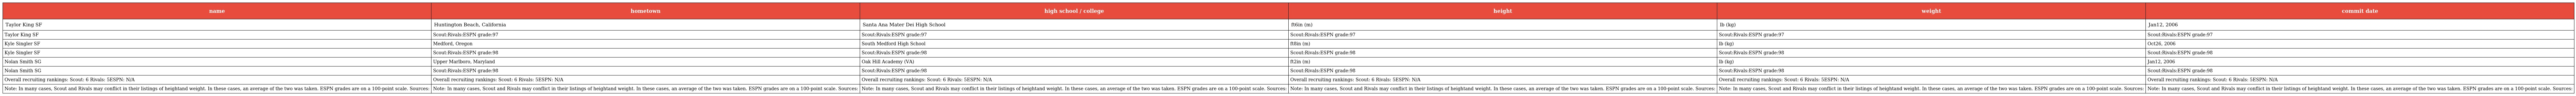
| name | hometown | high school / college | height | weight | commit date |
 | --- | --- | --- | --- | --- | --- |
 | Taylor King SF | Huntington Beach, California | Santa Ana Mater Dei High School | ft6in (m) | lb (kg) | Jan12, 2006 |
 | Taylor King SF | Scout:Rivals:ESPN grade:97 | Scout:Rivals:ESPN grade:97 | Scout:Rivals:ESPN grade:97 | Scout:Rivals:ESPN grade:97 | Scout:Rivals:ESPN grade:97 |
 | Kyle Singler SF | Medford, Oregon | South Medford High School | ft8in (m) | lb (kg) | Oct26, 2006 |
 | Kyle Singler SF | Scout:Rivals:ESPN grade:98 | Scout:Rivals:ESPN grade:98 | Scout:Rivals:ESPN grade:98 | Scout:Rivals:ESPN grade:98 | Scout:Rivals:ESPN grade:98 |
 | Nolan Smith SG | Upper Marlboro, Maryland | Oak Hill Academy (VA) | ft2in (m) | lb (kg) | Jan12, 2006 |
 | Nolan Smith SG | Scout:Rivals:ESPN grade:98 | Scout:Rivals:ESPN grade:98 | Scout:Rivals:ESPN grade:98 | Scout:Rivals:ESPN grade:98 | Scout:Rivals:ESPN grade:98 |
 | Overall recruiting rankings: Scout: 6 Rivals: 5ESPN: N/A | Overall recruiting rankings: Scout: 6 Rivals: 5ESPN: N/A | Overall recruiting rankings: Scout: 6 Rivals: 5ESPN: N/A | Overall recruiting rankings: Scout: 6 Rivals: 5ESPN: N/A | Overall recruiting rankings: Scout: 6 Rivals: 5ESPN: N/A | Overall recruiting rankings: Scout: 6 Rivals: 5ESPN: N/A |
 | Note: In many cases, Scout and Rivals may conflict in their listings of heightand weight. In these cases, an average of the two was taken. ESPN grades are on a 100-point scale. Sources: | Note: In many cases, Scout and Rivals may conflict in their listings of heightand weight. In these cases, an average of the two was taken. ESPN grades are on a 100-point scale. Sources: | Note: In many cases, Scout and Rivals may conflict in their listings of heightand weight. In these cases, an average of the two was taken. ESPN grades are on a 100-point scale. Sources: | Note: In many cases, Scout and Rivals may conflict in their listings of heightand weight. In these cases, an average of the two was taken. ESPN grades are on a 100-point scale. Sources: | Note: In many cases, Scout and Rivals may conflict in their listings of heightand weight. In these cases, an average of the two was taken. ESPN grades are on a 100-point scale. Sources: | Note: In many cases, Scout and Rivals may conflict in their listings of heightand weight. In these cases, an average of the two was taken. ESPN grades are on a 100-point scale. Sources: |